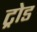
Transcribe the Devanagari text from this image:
ट्रोड